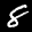
Label: 8